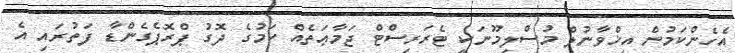
އެހެންކަމުން އިޚްވާނުލް މުސްލިމޫނަކީ ޓެރަރިސްޓް ޖަމާޢަތެއް ކަމުގެ ދޮގު ޕްރޮޕެގެންޑާ ފަތުރައި އެ